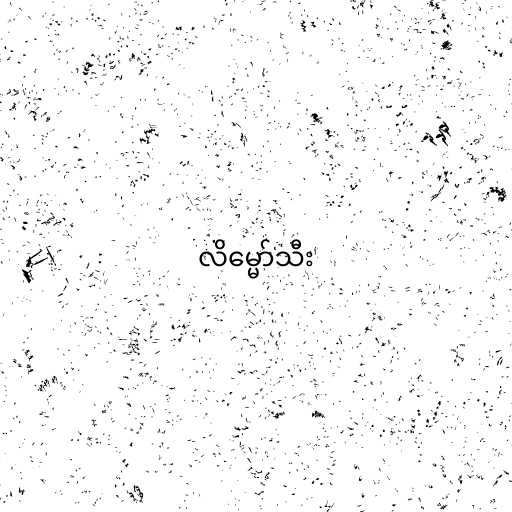
လိမ္မော်သီး